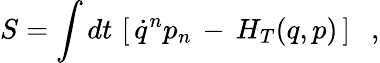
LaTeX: S=\int dt\, \left[\, \dot{q}^{n}p_{n}\, -\, H_{T}(q,p)\, \right]\ \ \ ,